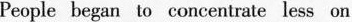
People began to concentrate less on